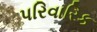
પરિવારિક